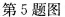
第5题图